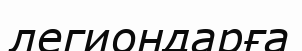
легиондарға